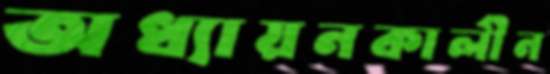
অধ্যায়নকালীন